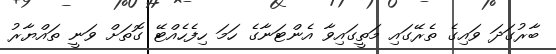
ބާރުގަދަ ވައިގެ ތެރޭގައި މަތީގައިވާ އެންޓަނާގެ ހަމަ ހިފެހެއްޓޭ ގޮތަށް ވަނީ ތައްޔާރު